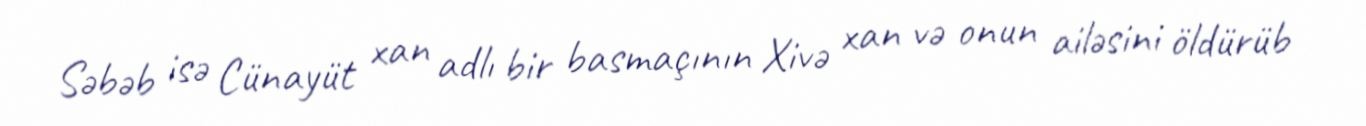
Səbəb isə Cünayüt xan adlı bir basmaçının Xivə xan və onun ailəsini öldürüb